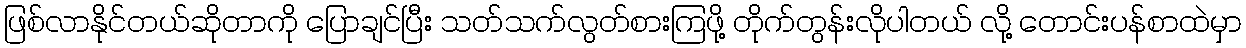
ဖြစ်လာနိုင်တယ်ဆိုတာကို ပြောချင်ပြီး သတ်သက်လွတ်စားကြဖို့ တိုက်တွန်းလိုပါတယ် လို့ တောင်းပန်စာထဲမှာ